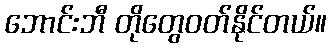
ဘောင်းဘီ တိုတွေဝတ်နိုင်တယ်။